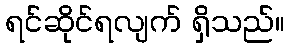
ရင်ဆိုင်ရလျက် ရှိသည်။